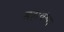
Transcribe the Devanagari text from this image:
महावंसा